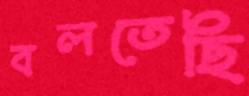
বলতেছি